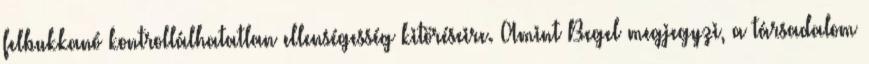
felbukkanó kontrollálhatatlan ellenségesség kitöréseire. Amint Begel megjegyzi, a társadalom